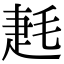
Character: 𣮌